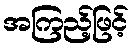
အကြည့်ဖြင့်